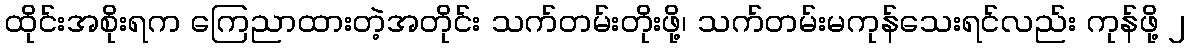
ထိုင်းအစိုးရက ကြေညာထားတဲ့အတိုင်း သက်တမ်းတိုးဖို့၊ သက်တမ်းမကုန်သေးရင်လည်း ကုန်ဖို့ ၂